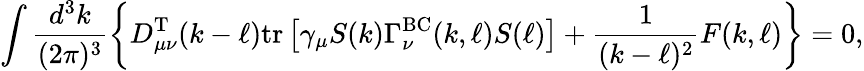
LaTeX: \int\frac{d^{3}k}{(2\pi)^{3}}\left\{ D_{\mu\nu}^{\mathrm{T}}(k-\ell)\mathrm{tr}\left[\gamma_{\mu}S(k)\Gamma_{\nu}^{\mathrm{BC}}(k,\ell)S(\ell)\right]+\frac{1}{(k-\ell)^{2}}F(k,\ell)\right\} =0,